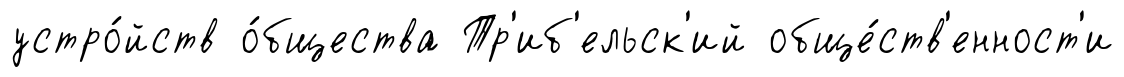
устро́йств о́бщества Тр'иб'ельск'ий обще́ств'енност'и